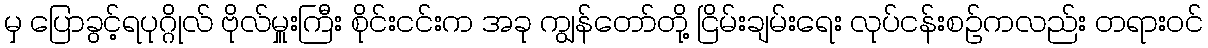
မှ ပြောခွင့်ရပုဂ္ဂိုလ် ဗိုလ်မှူးကြီး စိုင်းငင်းက အခု ကျွန်တော်တို့ ငြိမ်းချမ်းရေး လုပ်ငန်းစဉ်ကလည်း တရားဝင်